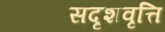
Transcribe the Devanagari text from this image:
सदृशवृत्ति